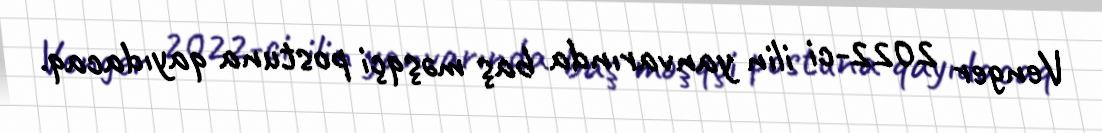
Venger 2022-ci ilin yanvarında baş məşqçi postuna qayıdacaq.